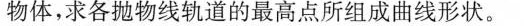
物体，求各抛物线轨道的最高点所组成曲线形状。